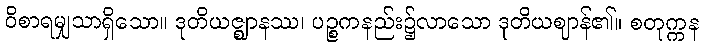
ဝိစာရမျှသာရှိသော။ ဒုတိယဇ္ဈာနဿ၊ ပဉ္စကနည်း၌လာသော ဒုတိယဈာန်၏။ စတုက္ကန